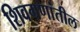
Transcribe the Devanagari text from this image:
शिवगणांतील